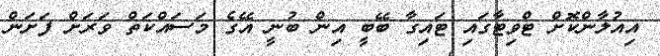
އިއުލާންކޮށް ޓްވިޓާގައި ޓައިގާ ބޭބީ އިން ބުނީ އޭގެ މަސައްކަތް ވަރަށް ފަށަން